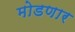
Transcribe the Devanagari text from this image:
मोडणार